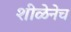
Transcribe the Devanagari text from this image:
शीळेनेच